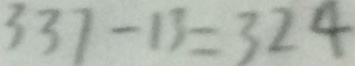
3 3 7 - 1 3 = 3 2 4